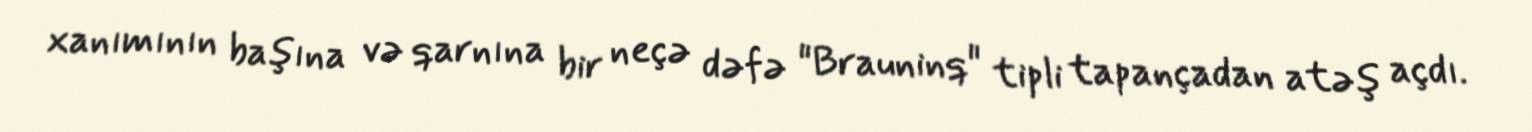
xanımının başına və qarnına bir neçə dəfə "Brauninq" tipli tapançadan atəş açdı.